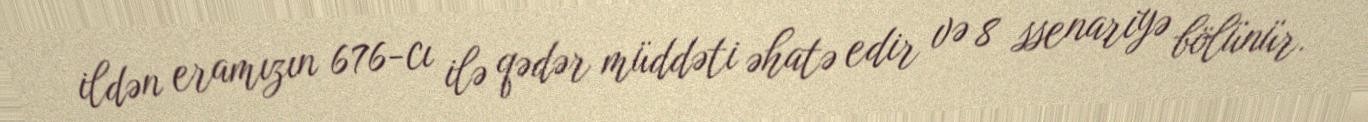
ildən eramızın 676-cı ilə qədər müddəti əhatə edir və 8 ssenariyə bölünür.